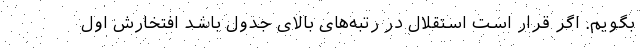
بگویم. اگر قرار است استقلال در رتبه‌های بالای جدول باشد افتخارش اول